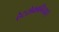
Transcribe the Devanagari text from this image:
हेटरोक्रानिया।